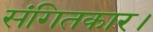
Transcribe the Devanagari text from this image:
संगितकार।